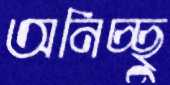
অনিচ্ছু